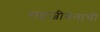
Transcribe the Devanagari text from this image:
सहजीवनाची